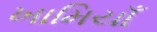
ખામિયાઁ